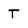
Character: T